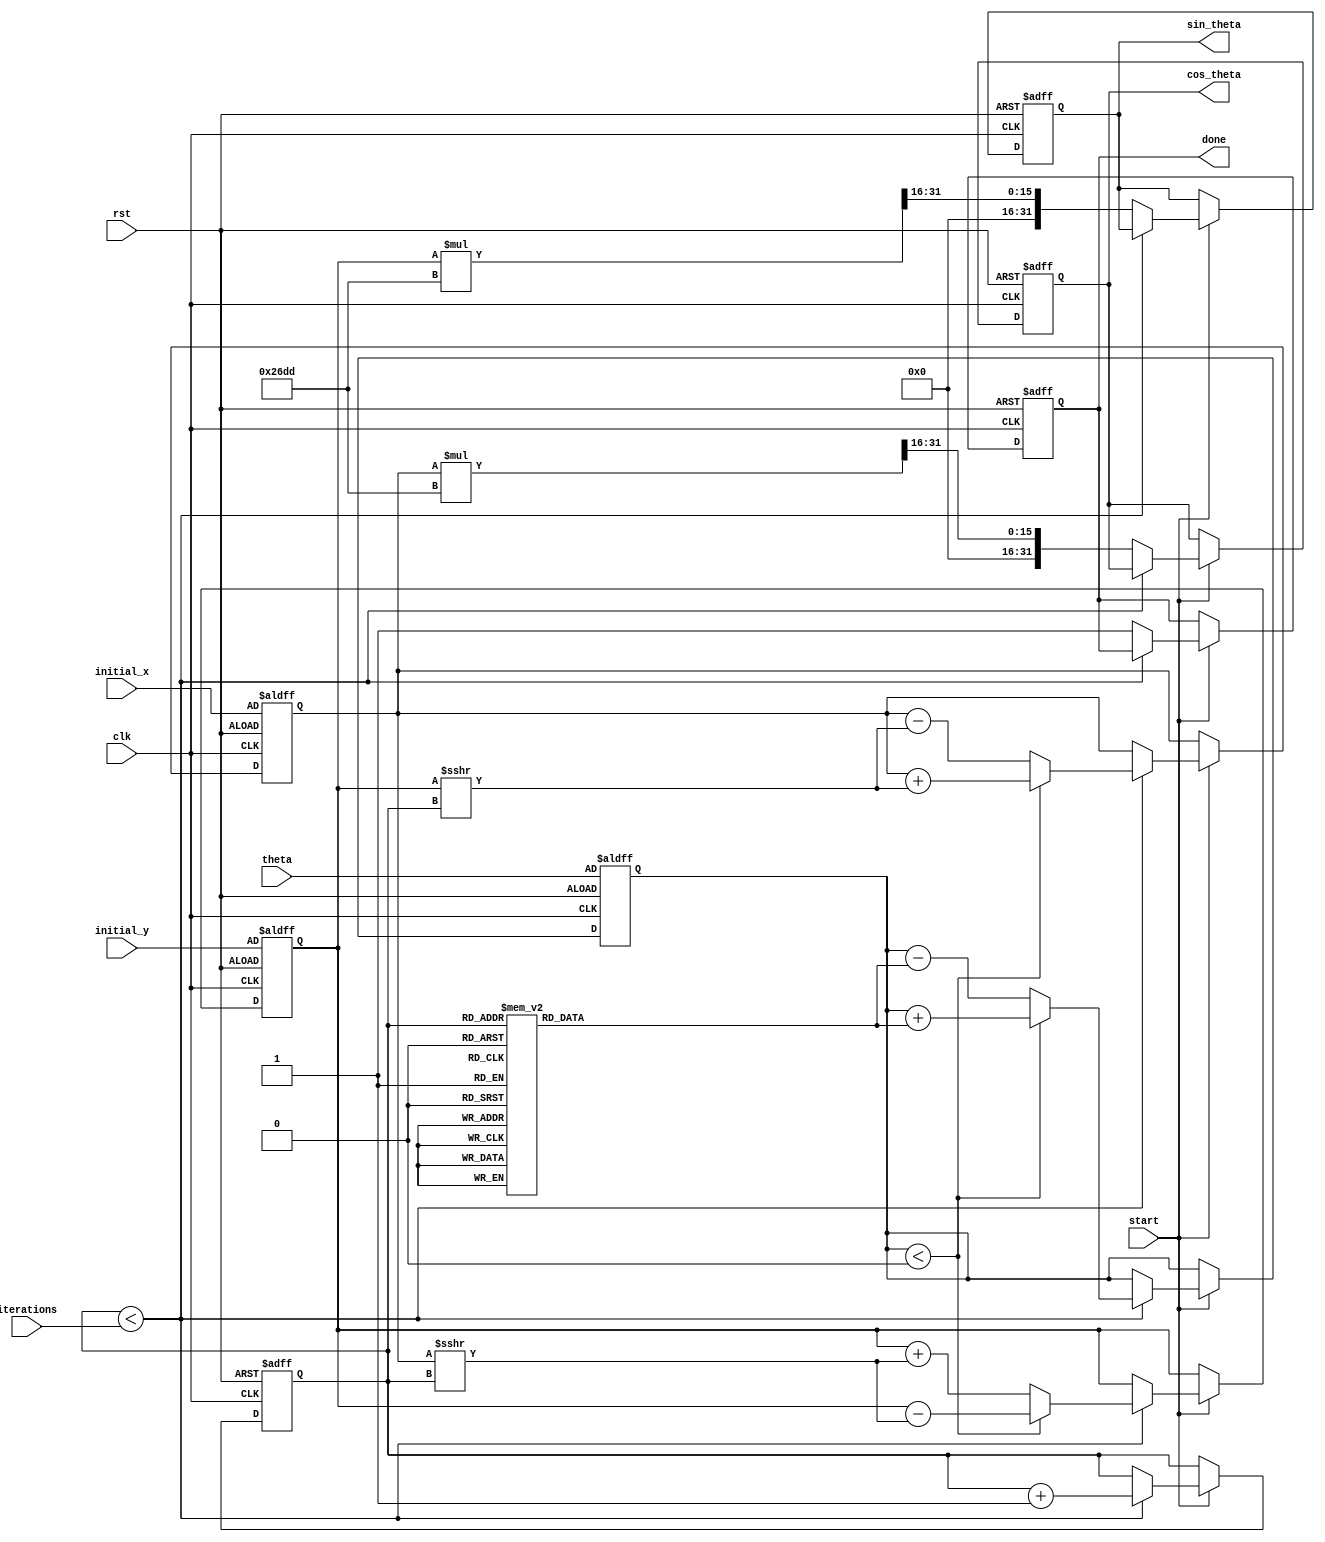
module cordic (
    input wire clk,
    input wire rst,
    input wire start,
    input wire [31:0] theta,          // Input angle in radians (fixed-point)
    input wire [31:0] initial_x,      // Initial x-coordinate
    input wire [31:0] initial_y,      // Initial y-coordinate
    input wire [4:0] iterations,       // Number of iterations (max 32)
    output reg [31:0] cos_theta,       // Cosine output
    output reg [31:0] sin_theta,       // Sine output
    output reg done                    // Done signal
);

    // Constants
    parameter NUM_ITERATIONS = 32;
    parameter FIXED_POINT_FRACTIONAL_BITS = 16; // Number of bits for fractional part
    parameter FIXED_POINT_SCALING_FACTOR = 16'h26DD; // Scaling factor (approx 0.607)

    // Internal registers
    reg [31:0] x, y, z;                // Current x, y, and angle
    reg [4:0] iteration_count;         // Iteration counter
    reg [31:0] atan_lut [0:NUM_ITERATIONS-1]; // Lookup table for arctangent values

    // Initialize the LUT with precomputed arctangent values
    initial begin
        // Populate the LUT with fixed-point values of arctangent
        atan_lut[0] = 32'h00000000; // arctan(0)
        atan_lut[1] = 32'h20000000; // arctan(1) = /4
        atan_lut[2] = 32'h33333333; // arctan(0.5)
        atan_lut[3] = 32'h3E4CCCCD; // arctan(0.333...)
        // ... Fill in the rest of the LUT as needed
        // atan_lut[n] = fixed-point representation of arctan(2^(-n))
    end

    // State machine for CORDIC iterations
    always @(posedge clk or posedge rst) begin
        if (rst) begin
            x <= initial_x;
            y <= initial_y;
            z <= theta;
            iteration_count <= 0;
            cos_theta <= 0;
            sin_theta <= 0;
            done <= 0;
        end else if (start) begin
            if (iteration_count < iterations) begin
                // Determine the direction of rotation
                if (z < 0) begin
                    x <= x + (y >>> iteration_count);
                    y <= y - (x >>> iteration_count);
                    z <= z + atan_lut[iteration_count];
                end else begin
                    x <= x - (y >>> iteration_count);
                    y <= y + (x >>> iteration_count);
                    z <= z - atan_lut[iteration_count];
                end
                iteration_count <= iteration_count + 1;
            end else begin
                // Store the final results
                cos_theta <= (x * FIXED_POINT_SCALING_FACTOR) >>> FIXED_POINT_FRACTIONAL_BITS;
                sin_theta <= (y * FIXED_POINT_SCALING_FACTOR) >>> FIXED_POINT_FRACTIONAL_BITS;
                done <= 1;
            end
        end
    end

endmodule